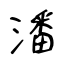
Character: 潘